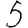
Digit: 5